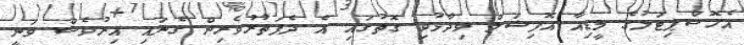
އެހޮސްޕިޓަލުގެ މީޑިއާ އޮފިޝަލް ވިދާޅުވި ގޮތުގައި އެ ދެފަތުރުވެރިން ގެނައި އިރުވެސް ވަނީ